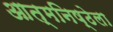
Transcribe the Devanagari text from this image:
आत्मनिष्ठेला